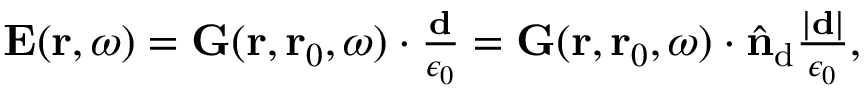
\begin{array} { r } { \mathbf { E } ( \mathbf { r } , \omega ) = \mathbf { G } ( \mathbf { r } , \mathbf { r } _ { 0 } , \omega ) \cdot \frac { \mathbf { d } } { \epsilon _ { 0 } } = \mathbf { G } ( \mathbf { r } , \mathbf { r } _ { 0 } , \omega ) \cdot \hat { \mathbf { n } } _ { \mathrm { d } } \frac { | \mathbf { d } | } { \epsilon _ { 0 } } , } \end{array}